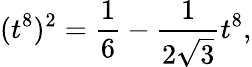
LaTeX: (t^{8})^{2}=\frac{1}{6}-\frac{1}{2\sqrt{3}}t^{8},